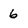
Character: 6